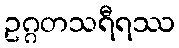
ဥဂ္ဂတသရီရဿ